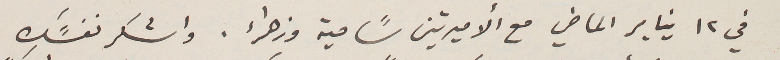
في ١٢ يناير الماضي مع ألاميرتين سًامية وزهراء. واشكر نفسًك